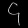
Digit: ၄